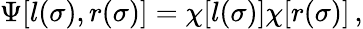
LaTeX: \Psi[l(\sigma),r(\sigma)]=\chi[l(\sigma)]\chi[r(\sigma)]\, ,